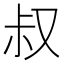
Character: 叔